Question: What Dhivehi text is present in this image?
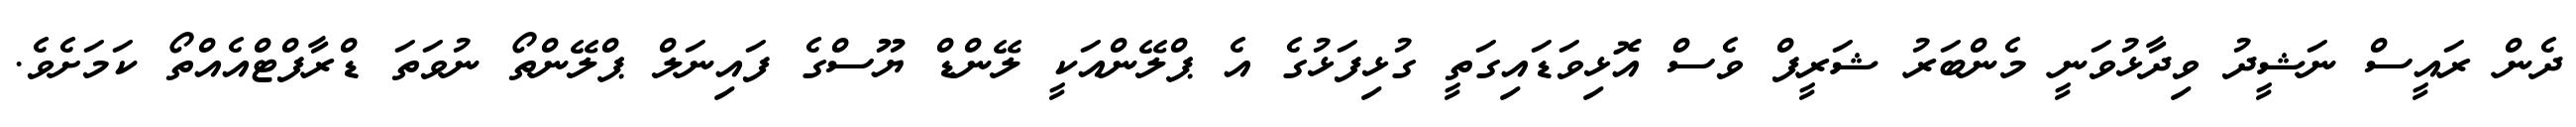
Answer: ދެން ރައީސް ނަޝީދު ވިދާޅުވަނީ މެންބަރު ޝަރީފް ވެސް އޮޅިވަޑައިގަތީ ގުޅިފަޅުގެ އެ ޕްލޭންއަކީ ލޭންޑް ޔޫސްގެ ފައިނަލް ޕްލޭންތޯ ނުވަތަ ޑްރާފްޓްއެއްތޯ ކަމަށެވެ.